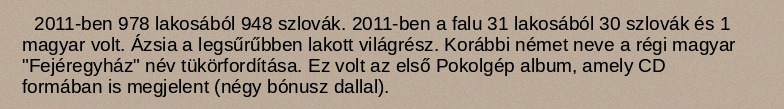
2011-ben 978 lakosából 948 szlovák. 2011-ben a falu 31 lakosából 30 szlovák és 1 magyar volt. Ázsia a legsűrűbben lakott világrész. Korábbi német neve a régi magyar "Fejéregyház" név tükörfordítása. Ez volt az első Pokolgép album, amely CD formában is megjelent (négy bónusz dallal).